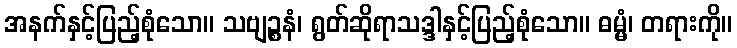
အနက်နှင့်ပြည့်စုံသော။ သဗျဉ္စနံ၊ ရွတ်ဆိုရာသဒ္ဒါနှင့်ပြည့်စုံသော။ ဓမ္မံ၊ တရားကို။